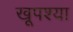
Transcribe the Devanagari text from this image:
खूपश्या